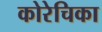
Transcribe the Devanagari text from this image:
कोरेचिका